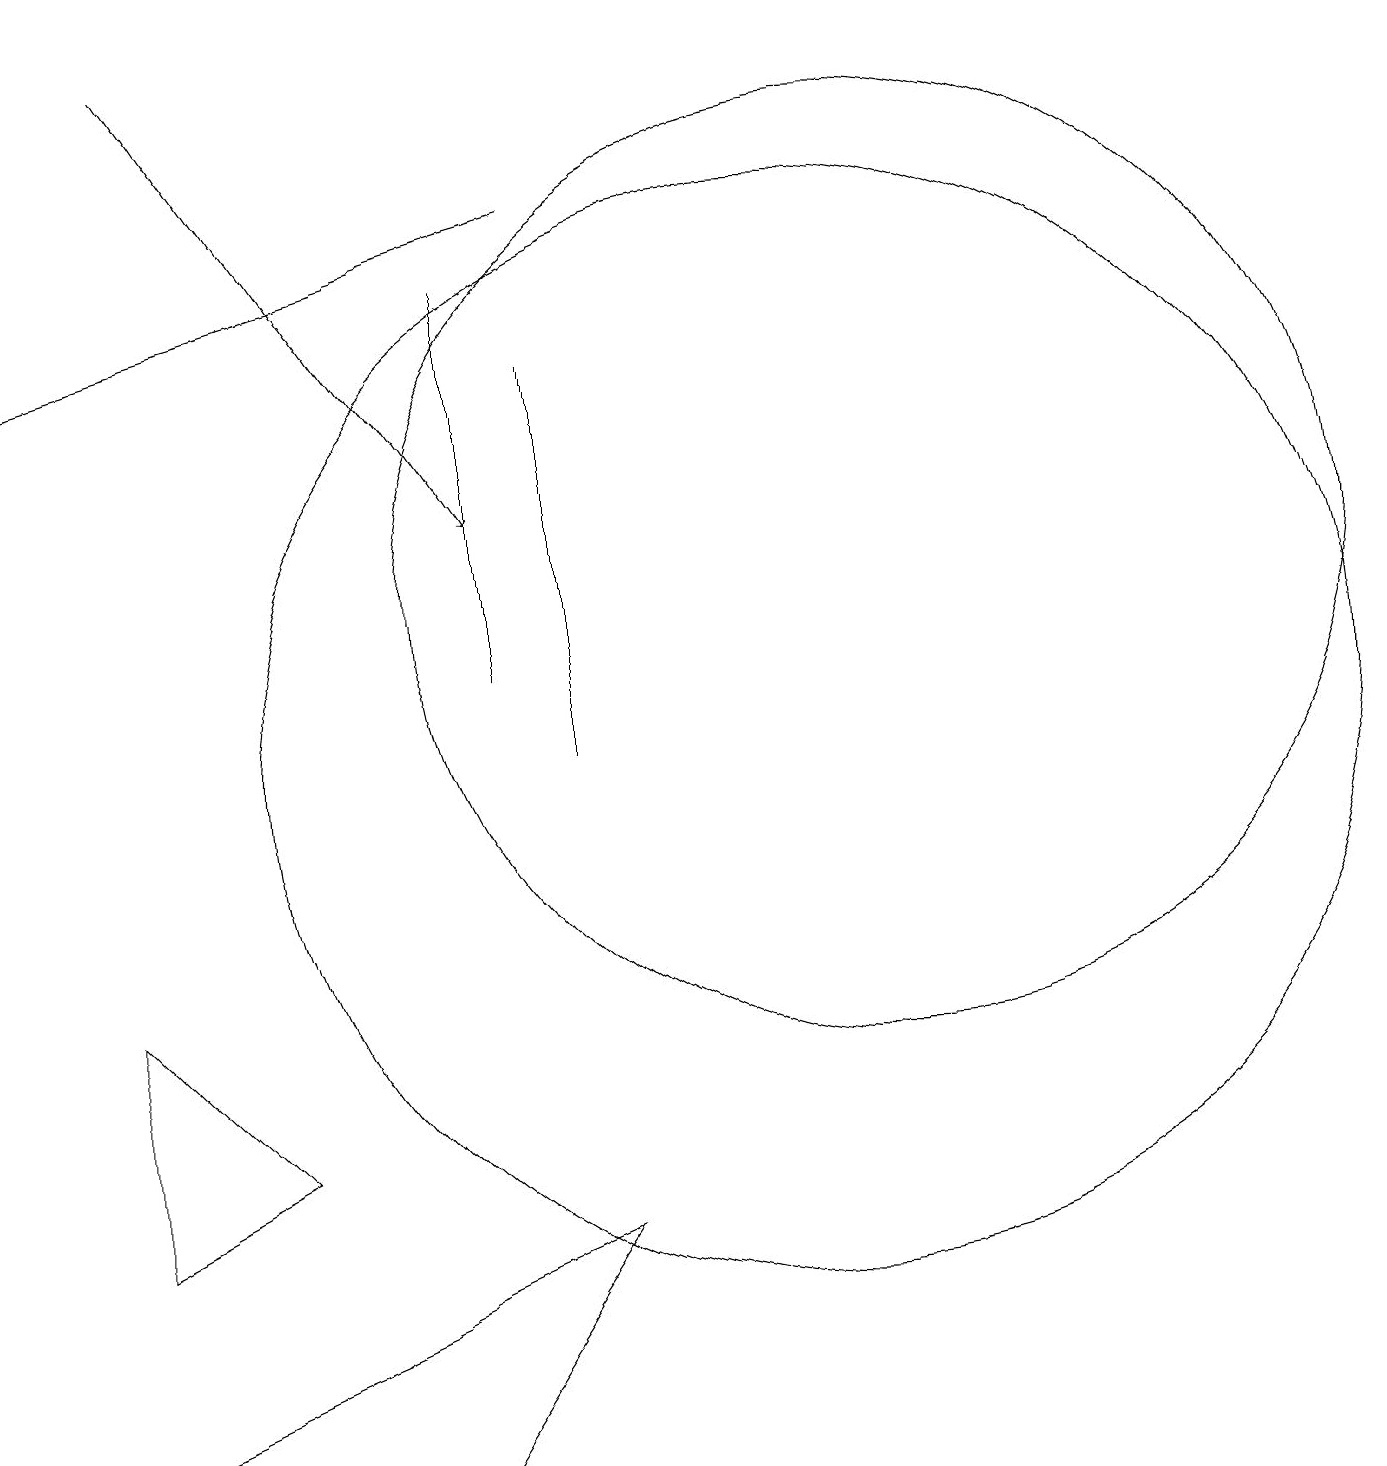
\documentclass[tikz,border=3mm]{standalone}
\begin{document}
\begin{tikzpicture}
\draw[->] (7,17) -- (0,15);
\draw[->] (2,19) -- (6,13);
\draw (7,15) rectangle (7,10);
\draw (11,12) circle (6);
\draw (3,5) -- (1,4) -- (1,7) -- cycle;
\draw (6,16) rectangle (6,11);
\draw (10,10) circle (7);
\draw (5,1) -- (7,4) -- (0,1) -- cycle;
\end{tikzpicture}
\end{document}